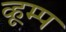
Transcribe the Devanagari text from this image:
व्हूम्प